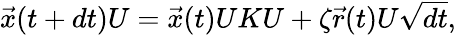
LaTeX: \begin{array}{r}{\vec{x}(t+dt)U=\vec{x}(t)UKU+\zeta\vec{r}(t)U\sqrt{dt},}\end{array}